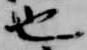
也